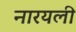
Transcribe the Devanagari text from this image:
नारयली